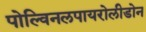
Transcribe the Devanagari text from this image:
पोल्विनलपायरोलीडोन